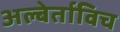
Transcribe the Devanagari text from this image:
अल्बेर्ताविच